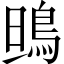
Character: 鴠